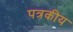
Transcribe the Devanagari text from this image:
पत्रकीय